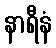
နာရီနံ